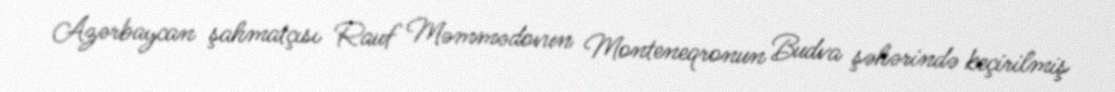
Azərbaycan şahmatçısı Rauf Məmmədovun Monteneqronun Budva şəhərində keçirilmiş